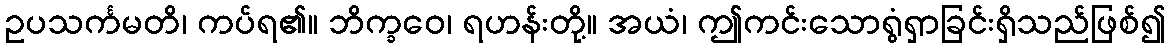
ဥပသင်္ကမတိ၊ ကပ်ရ၏။ ဘိက္ခဝေ၊ ရဟန်းတို့။ အယံ၊ ဤကင်းသောရွံရှာခြင်းရှိသည်ဖြစ်၍